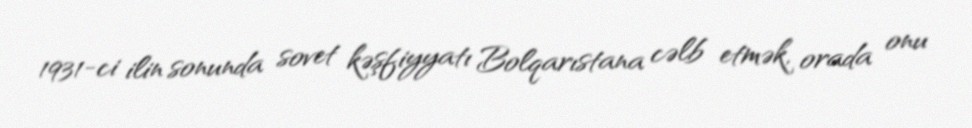
1931-ci ilin sonunda sovet kəşfiyyatı Bolqarıstana cəlb etmək, orada onu